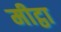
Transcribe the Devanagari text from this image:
मीट्ठा